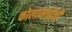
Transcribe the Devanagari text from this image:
कोलामचीची